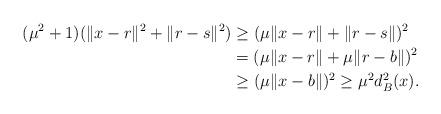
LaTeX: \begin{align*}(\mu^2 +1)(\|x -r\|^2 +\|r -s\|^2) &\geq (\mu\|x -r\| +\|r -s\|)^2 \\&=(\mu\|x -r\| +\mu\|r -b\|)^2 \\&\geq (\mu\|x -b\|)^2 \geq \mu^2d_B^2(x).\end{align*}